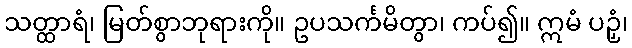
သတ္ထာရံ၊ မြတ်စွာဘုရားကို။ ဥပသင်္ကမိတွာ၊ ကပ်၍။ ဣမံ ပဉှံ၊